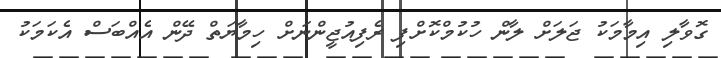
ގޮވާލި އިމާމަކު ޖަލަށް ލާން ހުކުމްކޮށްފި ރެފިއުޖީންނަށް ހިމާޔަތް ދޭން އެއްބަސް އެކަމަކު